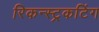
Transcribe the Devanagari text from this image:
रिकन्स्ट्रकटिंग